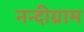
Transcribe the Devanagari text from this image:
नन्दीग्राम